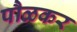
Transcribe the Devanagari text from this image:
पौळकर